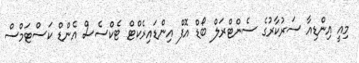
މިއީ އިންޑިއާ ސަރުކާރުގެ ސެންޓްރަލް ބޯޑް އޮފް އިންޑައިރެކްޓް ޓެކްސެސް އެންޑް ކަސްޓަމްސް